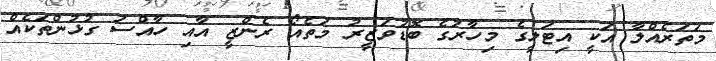
މަތަރެއްލާ އަކީ އިޓަލީގެ މިހާރުގެ ބޮޑުވަޒީރު މަތެއޯ ރެންޒީ އާއި ހާއްސަ ގުޅުންތަކެއް